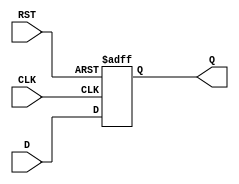
module input_register (
    input wire D,        // Data input
    input wire CLK,      // Clock signal
    input wire RST,      // Asynchronous reset signal
    output reg Q        // Output register
);

// Asynchronous reset behavior
always @ (posedge CLK or posedge RST) begin
    if (RST) begin
        Q <= 1'b0;      // Reset output to zero
    end else begin
        Q <= D;         // Capture input data on clock edge
    end
end

endmodule